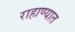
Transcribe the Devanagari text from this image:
राहाण्यात